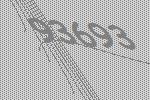
93693